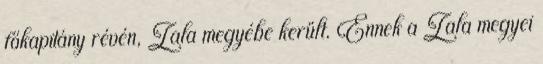
főkapitány révén, Zala megyébe került. Ennek a Zala megyei